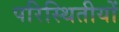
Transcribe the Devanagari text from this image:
परिस्थितीयों